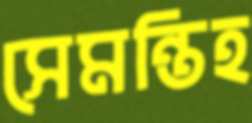
সেমন্তিহ